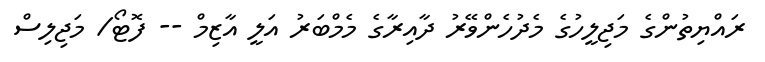
ރައްޔިތުންގެ މަޖިލީހުގެ މެދުހެންވޭރު ދާއިރާގެ މެމްބަރު އަލީ އާޒިމް -- ފޮޓޯ/ މަޖިލިސް